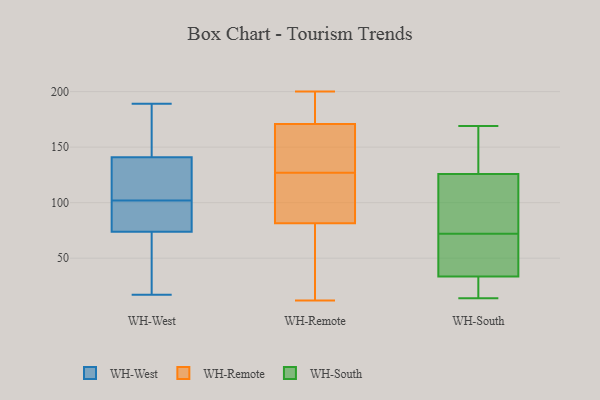
{"axis": {"x": "Latency (ms)", "y": "Value"}, "legend": ["WH-Remote", "WH-South", "WH-West"], "data": [{"x": "", "y": 78, "type": "WH-West"}, {"x": "", "y": 61, "type": "WH-West"}, {"x": "", "y": 189, "type": "WH-West"}, {"x": "", "y": 140, "type": "WH-West"}, {"x": "", "y": 41, "type": "WH-West"}, {"x": "", "y": 144, "type": "WH-West"}, {"x": "", "y": 81, "type": "WH-West"}, {"x": "", "y": 107, "type": "WH-West"}, {"x": "", "y": 95, "type": "WH-West"}, {"x": "", "y": 102, "type": "WH-West"}, {"x": "", "y": 17, "type": "WH-West"}, {"x": "", "y": 118, "type": "WH-West"}, {"x": "", "y": 179, "type": "WH-West"}, {"x": "", "y": 127, "type": "WH-Remote"}, {"x": "", "y": 96, "type": "WH-Remote"}, {"x": "", "y": 46, "type": "WH-Remote"}, {"x": "", "y": 162, "type": "WH-Remote"}, {"x": "", "y": 164, "type": "WH-Remote"}, {"x": "", "y": 86, "type": "WH-Remote"}, {"x": "", "y": 12, "type": "WH-Remote"}, {"x": "", "y": 139, "type": "WH-Remote"}, {"x": "", "y": 26, "type": "WH-Remote"}, {"x": "", "y": 197, "type": "WH-Remote"}, {"x": "", "y": 185, "type": "WH-Remote"}, {"x": "", "y": 173, "type": "WH-Remote"}, {"x": "", "y": 80, "type": "WH-Remote"}, {"x": "", "y": 200, "type": "WH-Remote"}, {"x": "", "y": 118, "type": "WH-Remote"}, {"x": "", "y": 14, "type": "WH-South"}, {"x": "", "y": 128, "type": "WH-South"}, {"x": "", "y": 72, "type": "WH-South"}, {"x": "", "y": 165, "type": "WH-South"}, {"x": "", "y": 82, "type": "WH-South"}, {"x": "", "y": 30, "type": "WH-South"}, {"x": "", "y": 71, "type": "WH-South"}, {"x": "", "y": 137, "type": "WH-South"}, {"x": "", "y": 35, "type": "WH-South"}, {"x": "", "y": 45, "type": "WH-South"}, {"x": "", "y": 119, "type": "WH-South"}, {"x": "", "y": 169, "type": "WH-South"}, {"x": "", "y": 77, "type": "WH-South"}, {"x": "", "y": 16, "type": "WH-South"}, {"x": "", "y": 33, "type": "WH-South"}]}